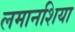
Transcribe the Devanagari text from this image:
लमानशिया